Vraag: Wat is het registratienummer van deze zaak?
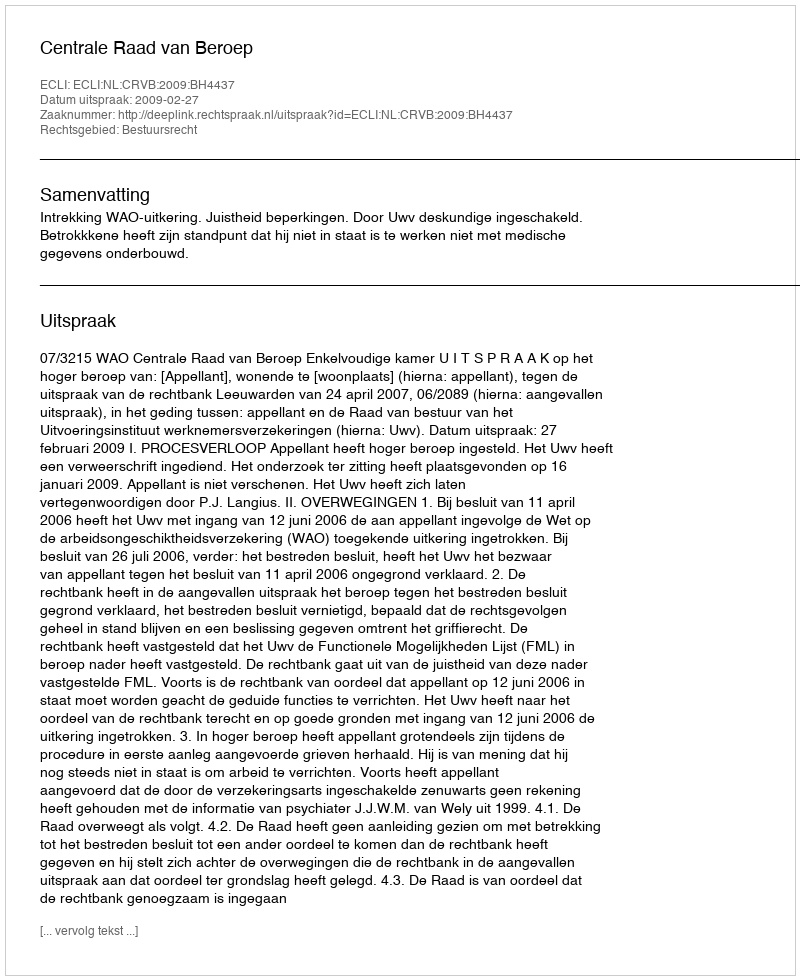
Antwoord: http://deeplink.rechtspraak.nl/uitspraak?id=ECLI:NL:CRVB:2009:BH4437